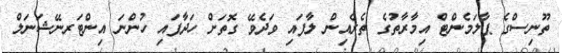
ތޫނިސްގެ ޕާލަމެންޓް އިމާރާތުގެ ތެރެއިން ލާފައި ވަދެވޭ ގޮތަށް ހަދާފައި ހުންނަ އިންޓަރނޭޝަނަލް